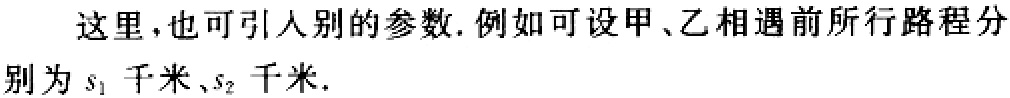
这里,也可引人别的参数. 例如可设甲、乙相遇前所行路程分别为\(s_{1}\)千米、\(s_{2}\)千米.